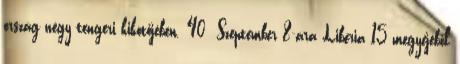
ország négy tengeri kikötőjében. 40 Szeptember 8-ára Libéria 15 megyéjéből